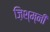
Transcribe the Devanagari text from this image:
ज़िश्म्नी